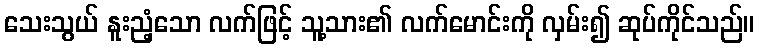
သေးသွယ် နူးညံ့သော လက်ဖြင့် သူ့သား၏ လက်မောင်းကို လှမ်း၍ ဆုပ်ကိုင်သည်။